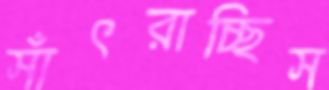
সাঁৎরাচ্ছিস